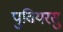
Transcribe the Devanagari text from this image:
पुवियरसु